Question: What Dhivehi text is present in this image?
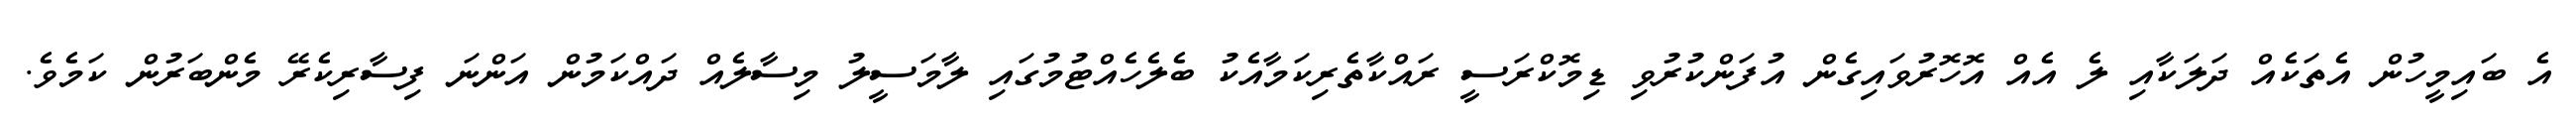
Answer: އެ ބައިމީހުން އެތަކެއް ދަލަކާއި ލެ އެއް އޮހޮރުވައިގެން އުފަންކުރުވި ޑިމޮކްރަސީ ރައްކާތެރިކަމާއެކު ބެލެހެއްޓުމުގައި ލާމަސީލު މިސާލެއް ދައްކަމުން އަންނަ ފިސާރިކެރޭ މެންބަރުން ކަމެވެ.